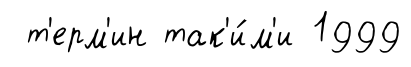
т'ерм'ин так'и́м'и 1999